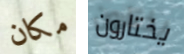
مكان يختارون